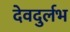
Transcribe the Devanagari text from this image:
देवदुर्लभ